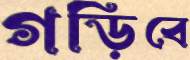
গড়িবে